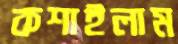
কশাইলাম